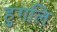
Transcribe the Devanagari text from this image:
हुगलि